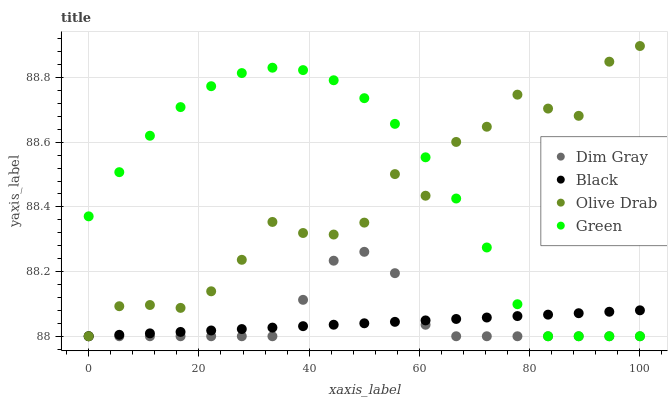
| xaxis_label | Dim Gray | Black | Olive Drab | Green |
 | --- | --- | --- | --- | --- |
 | 0 | 88 | 88 | 88 | 88.4 |
 | 5.56 | 88 | 88 | 88.1 | 88.5 |
 | 11.1 | 88 | 88 | 88.1 | 88.6 |
 | 16.7 | 88 | 88 | 88.1 | 88.7 |
 | 22.2 | 88 | 88 | 88.1 | 88.8 |
 | 27.8 | 88 | 88 | 88.2 | 88.8 |
 | 33.3 | 88 | 88 | 88.4 | 88.8 |
 | 38.9 | 88.1 | 88 | 88.3 | 88.8 |
 | 44.4 | 88.2 | 88 | 88.3 | 88.8 |
 | 50 | 88.3 | 88 | 88.4 | 88.7 |
 | 55.6 | 88.2 | 88 | 88.5 | 88.7 |
 | 61.1 | 88 | 88 | 88.4 | 88.6 |
 | 66.7 | 88 | 88.1 | 88.6 | 88.4 |
 | 72.2 | 88 | 88.1 | 88.6 | 88.3 |
 | 77.8 | 88 | 88.1 | 88.7 | 88.1 |
 | 83.3 | 88 | 88.1 | 88.7 | 88 |
 | 88.9 | 88 | 88.1 | 88.7 | 88 |
 | 94.4 | 88 | 88.1 | 88.8 | 88 |
 | 100 | 88 | 88.1 | 88.9 | 88 |